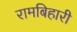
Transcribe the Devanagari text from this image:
रामबिहारी